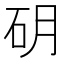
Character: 𱳮